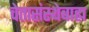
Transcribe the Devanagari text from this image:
चेतासंस्थेबाह्य